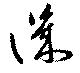
譏